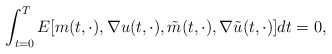
\begin{align*} \int_{t=0}^T E [ m(t,\cdot),\nabla u(t,\cdot), \tilde m(t,\cdot), \nabla \tilde u(t,\cdot)] dt=0, \end{align*}